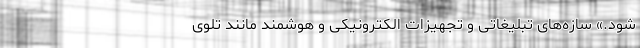
‌شود.» سازه‌های تبلیغاتی و تجهیزات الکترونیکی و هوشمند مانند تلوی